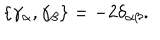
\{ \gamma _ { \alpha } , \gamma _ { \beta } \} = - 2 \delta _ { \alpha \beta } .